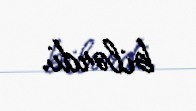
bilərdi.